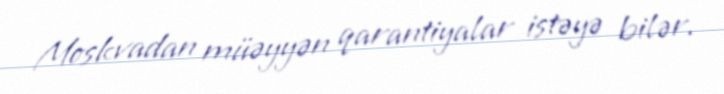
Moskvadan müəyyən qarantiyalar istəyə bilər.